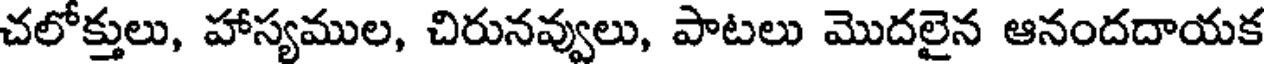
చలోక్తులు, హాస్యముల, చిరునవ్వులు, పాటలు మొదలైన ఆనందదాయక